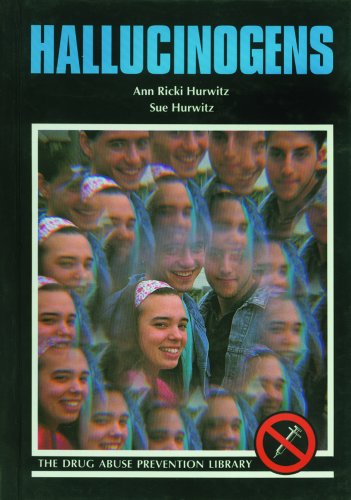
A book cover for Hallucinogens (Drug Abuse Prevention Library); Ann Ricki Hurwitz; Teen & Young Adult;